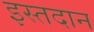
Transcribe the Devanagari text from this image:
इस्तदान